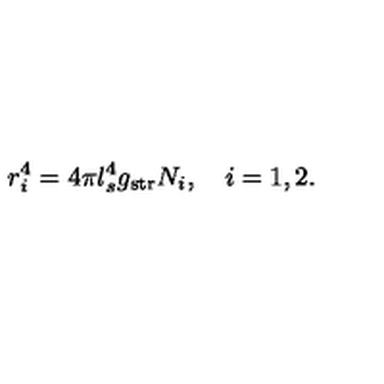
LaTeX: r _ { i } ^ { 4 } = 4 \pi l _ { s } ^ { 4 } g _ { \mathrm { s t r } } N _ { i } , \quad i = 1 , 2 .